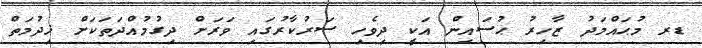
ޑރ މުޙައްމަދު ޒާހިރު ޙުސައިން އަކީ ދިވެހި ސަރުކާރުގައި ވަރަށް ދިގުމުއްދަތަކަށް ޚިދުމަތް